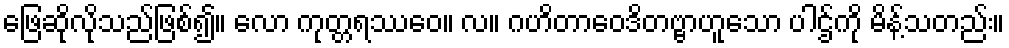
ဖြေဆိုလိုသည်ဖြစ်၍။ လော ကုတ္တရဿေဝ။ လ။ ဂဟိတာဝေဒိတဗ္ဗာဟူသော ပါဌ်ကို မိန့်သတည်း။